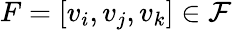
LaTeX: F=[v_{i},v_{j},v_{k}]\in\mathcal{F}